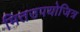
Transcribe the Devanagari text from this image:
मितउपयोजित्र